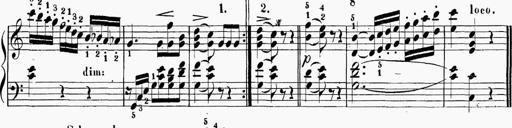
Title: 6 Sonatinas
Composer: Carl Reinecke